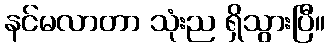
နင်မလာတာ သုံးည ရှိသွားပြီ။